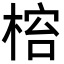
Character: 𬃋